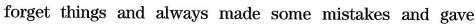
forget things and always made some mistakes and gave